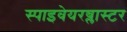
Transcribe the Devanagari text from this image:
स्पाइवेयरब्लास्टर